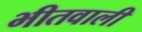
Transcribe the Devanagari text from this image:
भीतवाली